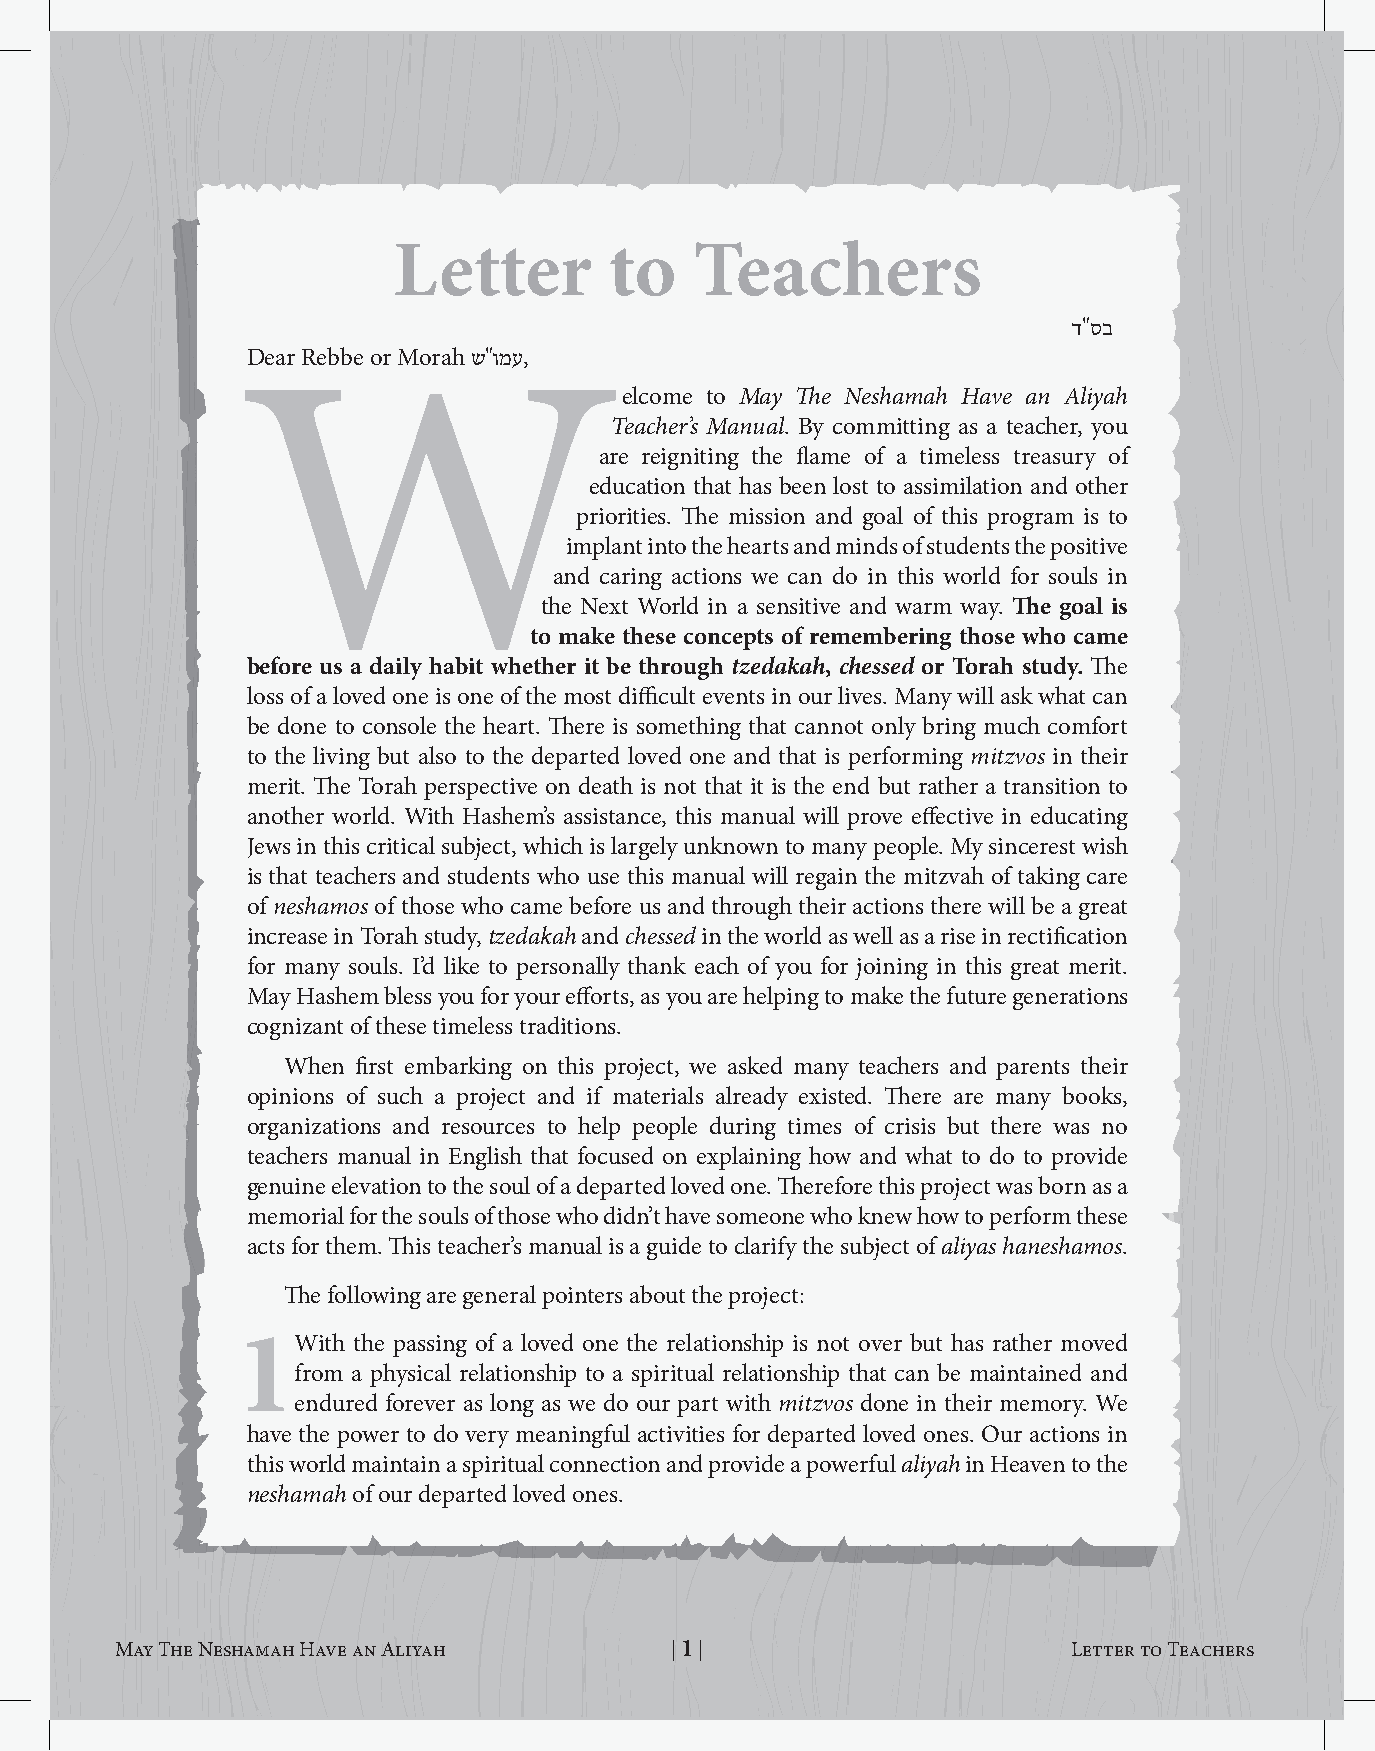
letter        to    Teachers
 ד"סב
 Dear Rebbe or Morah ש"ומע,
 Welcome                        to May The Neshamah Have an Aliyah
 Teacher’s Manual. By committing as a teacher, you
 are reigniting the flame of a timeless treasury of
 education that has been lost to assimilation and other
 priorities. The mission and goal of this program is to
 implant into the hearts and minds of students the positive
 and caring actions we can do in this world for souls in
 the Next World in a sensitive and warm way. The goal is
 to make these concepts of remembering those who came
 before us a daily habit whether it be through tzedakah, chessed or Torah study. The
 loss of a loved one is one of the most difficult events in our lives. Many will ask what can
 be done to console the heart. There is something that cannot only bring much comfort
 to the living but also to the departed loved one and that is performing mitzvos in their
 merit. The Torah perspective on death is not that it is the end but rather a transition to
 another world. With Hashem’s assistance, this manual will prove effective in educating
 Jews in this critical subject, which is largely unknown to many people. My sincerest wish
 is that teachers and students who use this manual will regain the mitzvah of taking care
 of neshamos of those who came before us and through their actions there will be a great
 increase in Torah study, tzedakah and chessed in the world as well as a rise in rectification
 for many souls. I’d like to personally thank each of you for joining in this great merit.
 May Hashem bless you for your efforts, as you are helping to make the future generations
 cognizant of these timeless traditions.
 When first embarking on this project, we asked many teachers and parents their
 opinions of such a project and if materials already existed. There are many books,
 organizations and resources to help people during times of crisis but there was no
 teachers manual in English that focused on explaining how and what to do to provide
 genuine elevation to the soul of a departed loved one. Therefore this project was born as a
 memorial for the souls of those who didn’t have someone who knew how to perform these
 acts for them. This teacher’s manual is a guide to clarify the subject of aliyas haneshamos.
 The following are general pointers about the project:
 1With  the passing of a loved one the relationship is not over but has rather moved
 from a physical relationship to a spiritual relationship that can be maintained and
 endured forever as long as we do our part with mitzvos done in their memory. We
 have the power to do very meaningful activities for departed loved ones. Our actions in
 this world maintain a spiritual connection and provide a powerful aliyah in Heaven to the
 neshamah of our departed loved ones.
 May The Neshamah Have an Aliyah     | 1 |                      Letter to Teachers   May The Neshamah Have an Aliyah      | 2 |                      Letter to Teachers